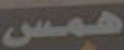
همس